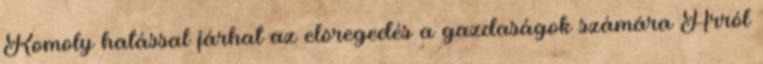
Komoly hatással járhat az elöregedés a gazdaságok számára Arról